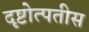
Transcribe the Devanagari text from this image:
दृष्टोत्पतीस